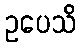
ဥပေသိ